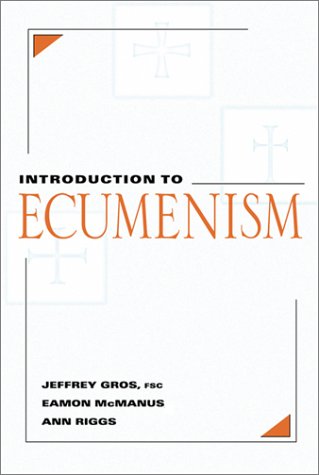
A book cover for Introduction to Ecumenism; Jeffrey Gros; Religion & Spirituality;